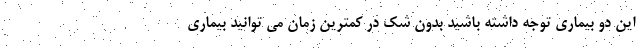
این دو بیماری توجه داشته باشید بدون شک در کمترین زمان می توانید بیماری